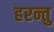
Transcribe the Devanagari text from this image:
हरन्तु